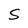
Character: S